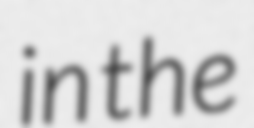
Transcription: in the